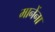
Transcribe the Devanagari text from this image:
मानेंना